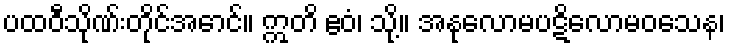
ပထဝီသိုဏ်းတိုင်အောင်။ ဣတိ ဧဝံ၊ သို့။ အနုလောမပဋိလောမဝသေန၊